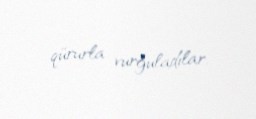
qürurla vurğuladılar.